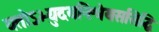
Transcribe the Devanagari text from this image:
यतोऽभ्युदयनिःश्रेयससिद्धि